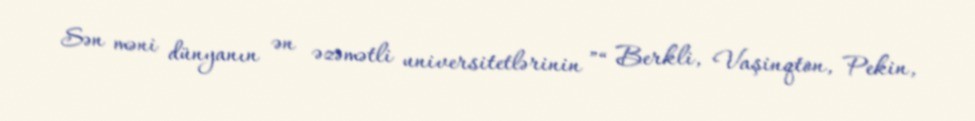
Sən məni dünyanın ən əzəmətli universitetlərinin ”“ Berkli, Vaşinqton, Pekin,